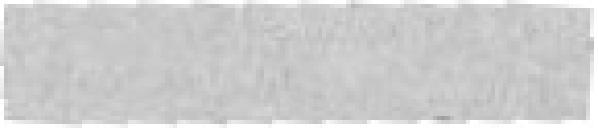
6 50 le cent 1404